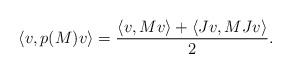
LaTeX: \begin{align*}\langle v, p(M)v \rangle = \frac{ \langle v, Mv\rangle + \langle Jv, MJv\rangle}{2}.\end{align*}